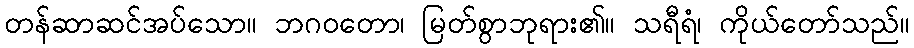
တန်ဆာဆင်အပ်သော။ ဘဂဝတော၊ မြတ်စွာဘုရား၏။ သရီရံ၊ ကိုယ်တော်သည်။